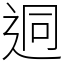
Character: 迵